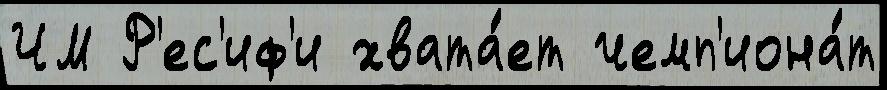
ЧМ Р'ес'иф'и хвата́ет чемп'иона́т